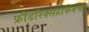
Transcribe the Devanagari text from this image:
फ्रीडरिक्सहाफेनचा